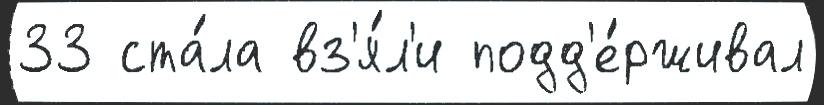
33 ста́ла вз'я́л'и подд'е́рживал